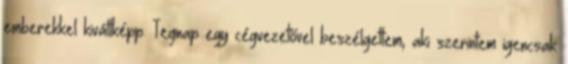
emberekkel kiváltképp. Tegnap egy cégvezetővel beszélgettem, aki szerintem igencsak